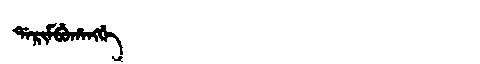
Manchu: ᡩᠠᡵᡳᠮᠪᡠᡥᠠᠩᡤᡝ
Romanization: DARIMBUHANGGE